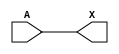
module sky130_fd_sc_lp__clkdlybuf4s15_3 (
    X,
    A
);
    output X;
    input  A;
    wire buf0_out_X;
    buf buf0 (buf0_out_X, A              );
    buf buf1 (X         , buf0_out_X     );
endmodule